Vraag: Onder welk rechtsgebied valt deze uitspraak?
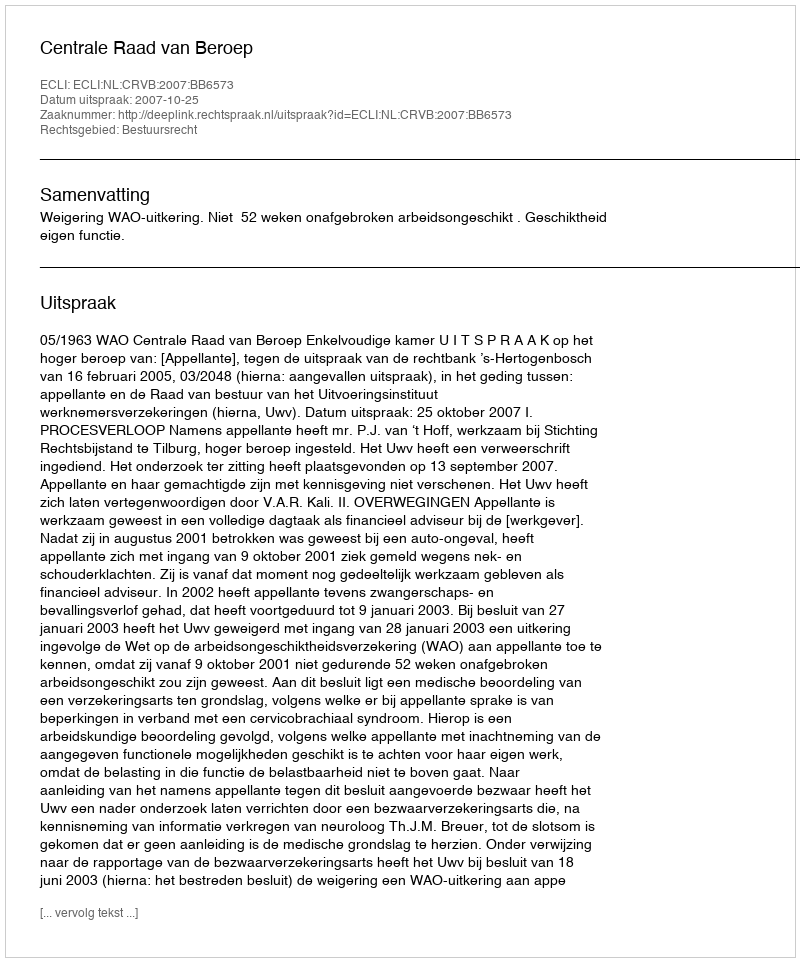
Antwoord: Bestuursrecht